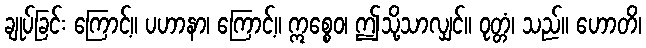
ချုပ်ခြင်း ကြောင့်။ ပဟာနာ၊ ကြောင့်။ ဣစ္စေဝ၊ ဤသို့သာလျှင်။ ဝုတ္တံ၊ သည်။ ဟောတိ၊